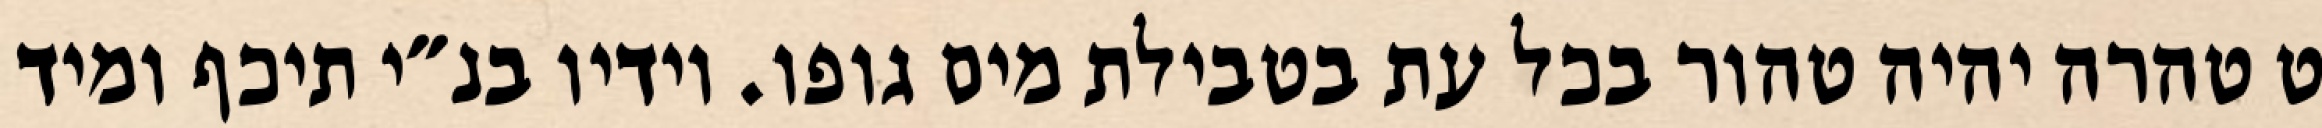
ט טהרה יהיה טהור בכל עת בטבילת מים גופו. וידיו בנ״י תיכף ומיד